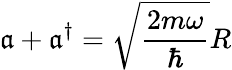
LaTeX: {\mathfrak{a}+\mathfrak{a}^{\dagger}=\sqrt{\frac{2m\omega}{\hbar}}R}